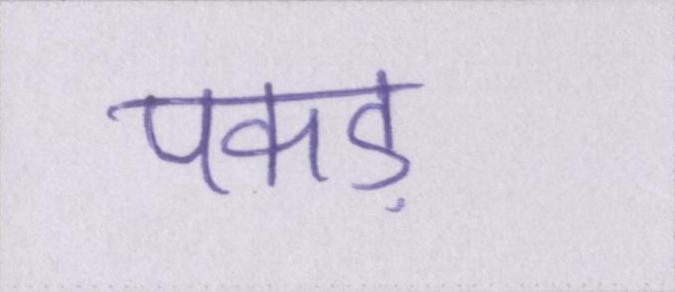
पकड़